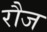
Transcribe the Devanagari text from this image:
रौज